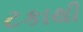
ટકાથી